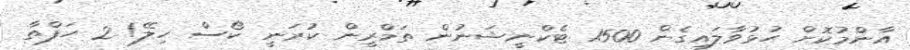
އާންމުކޮށް ހުޅުވާލައިގެން 1500 ޓެކްނީޝަނުން ތަމްރީން ކުރަނީ ކޯސް ހިލޭ! 2 ހަފްތާ